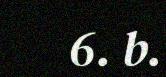
6. b.